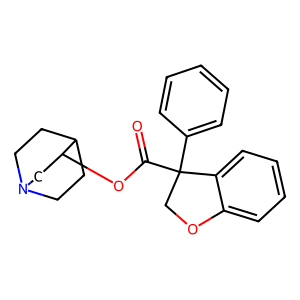
SMILES: O=C(OC1CN2CCC1CC2)C1(c2ccccc2)COc2ccccc21
Inhibits HIV replication: No